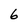
Character: 6